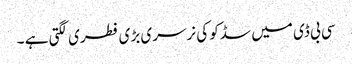
سی بی ڈی میں سڈکو کی نرسری بڑی فطری لگتی ہے ۔